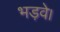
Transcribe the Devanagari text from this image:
भड़वे।